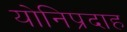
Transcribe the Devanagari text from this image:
योनिप्रदाह